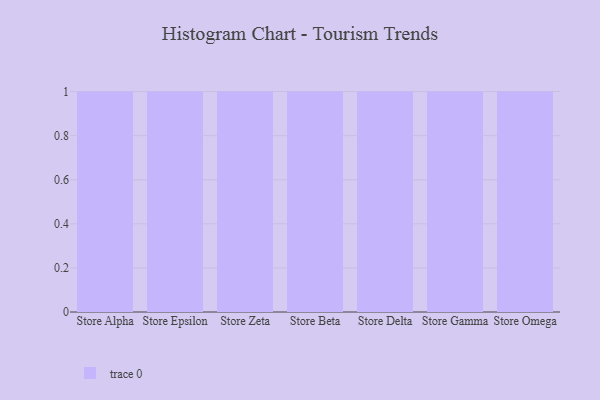
{"axis": {"x": "Store", "y": "Production Output"}, "legend": [""], "data": [{"x": "Store Alpha", "y": 49, "type": ""}, {"x": "Store Epsilon", "y": 19, "type": ""}, {"x": "Store Zeta", "y": 45, "type": ""}, {"x": "Store Beta", "y": 43, "type": ""}, {"x": "Store Delta", "y": 73, "type": ""}, {"x": "Store Gamma", "y": 49, "type": ""}, {"x": "Store Omega", "y": 27, "type": ""}]}